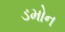
ડમોન